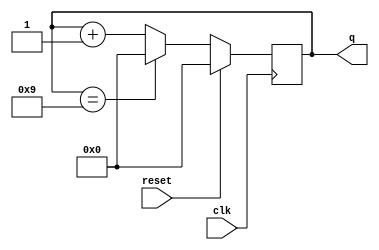
//A decade counter (0-9) with synchronous-active-high reset 11:23 18-06-2021 FRI

`timescale 1ns / 1ps
module top_module (
    input              clk,
    input              reset,        // Synchronous active-high reset
    output reg[3:0]    q = 4'b0000);
    
    always @(posedge clk) begin
        if(reset)  q <= 4'b0000;
        else   begin
            if(q == 4'b1001)
                q <= 4'b0000;
            else 
                q <= q + 1'b1;
        end
    end
    
    /*
       always @(posedge clk)
		if (reset || q == 9)	// Count to 10 requires rolling over 9->0 instead of the more natural 15->0
			q <= 0;
		else
			q <= q+1;
	*/

endmodule